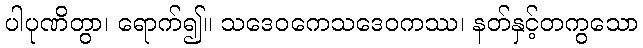
ပါပုဏိတွာ၊ ရောက်၍။ သဒေဝကေသဒေဝကဿ၊ နတ်နှင့်တကွသော